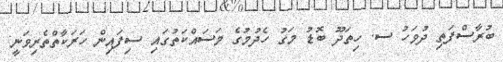
ބުރާސްފަތި ދުވަހު ސ. ހިތަދޫ ބޮޑު މަގު ހެދުމުގެ މަސައްކަތުގައި ސިފައިން ހަރަކާތްތެރިވަނީ: